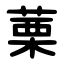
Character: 䔁